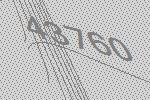
43760